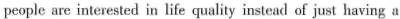
people are interested in life quality instead of just having a